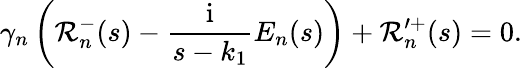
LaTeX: \gamma_{n}\left(\mathcal{R}_{n}^{-}(s)-\frac{\mathrm{i}}{s-k_{1}}E_{n}(s)\right)+\mathcal{R}_{n}^{\prime+}(s)=0.